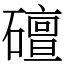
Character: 䃪